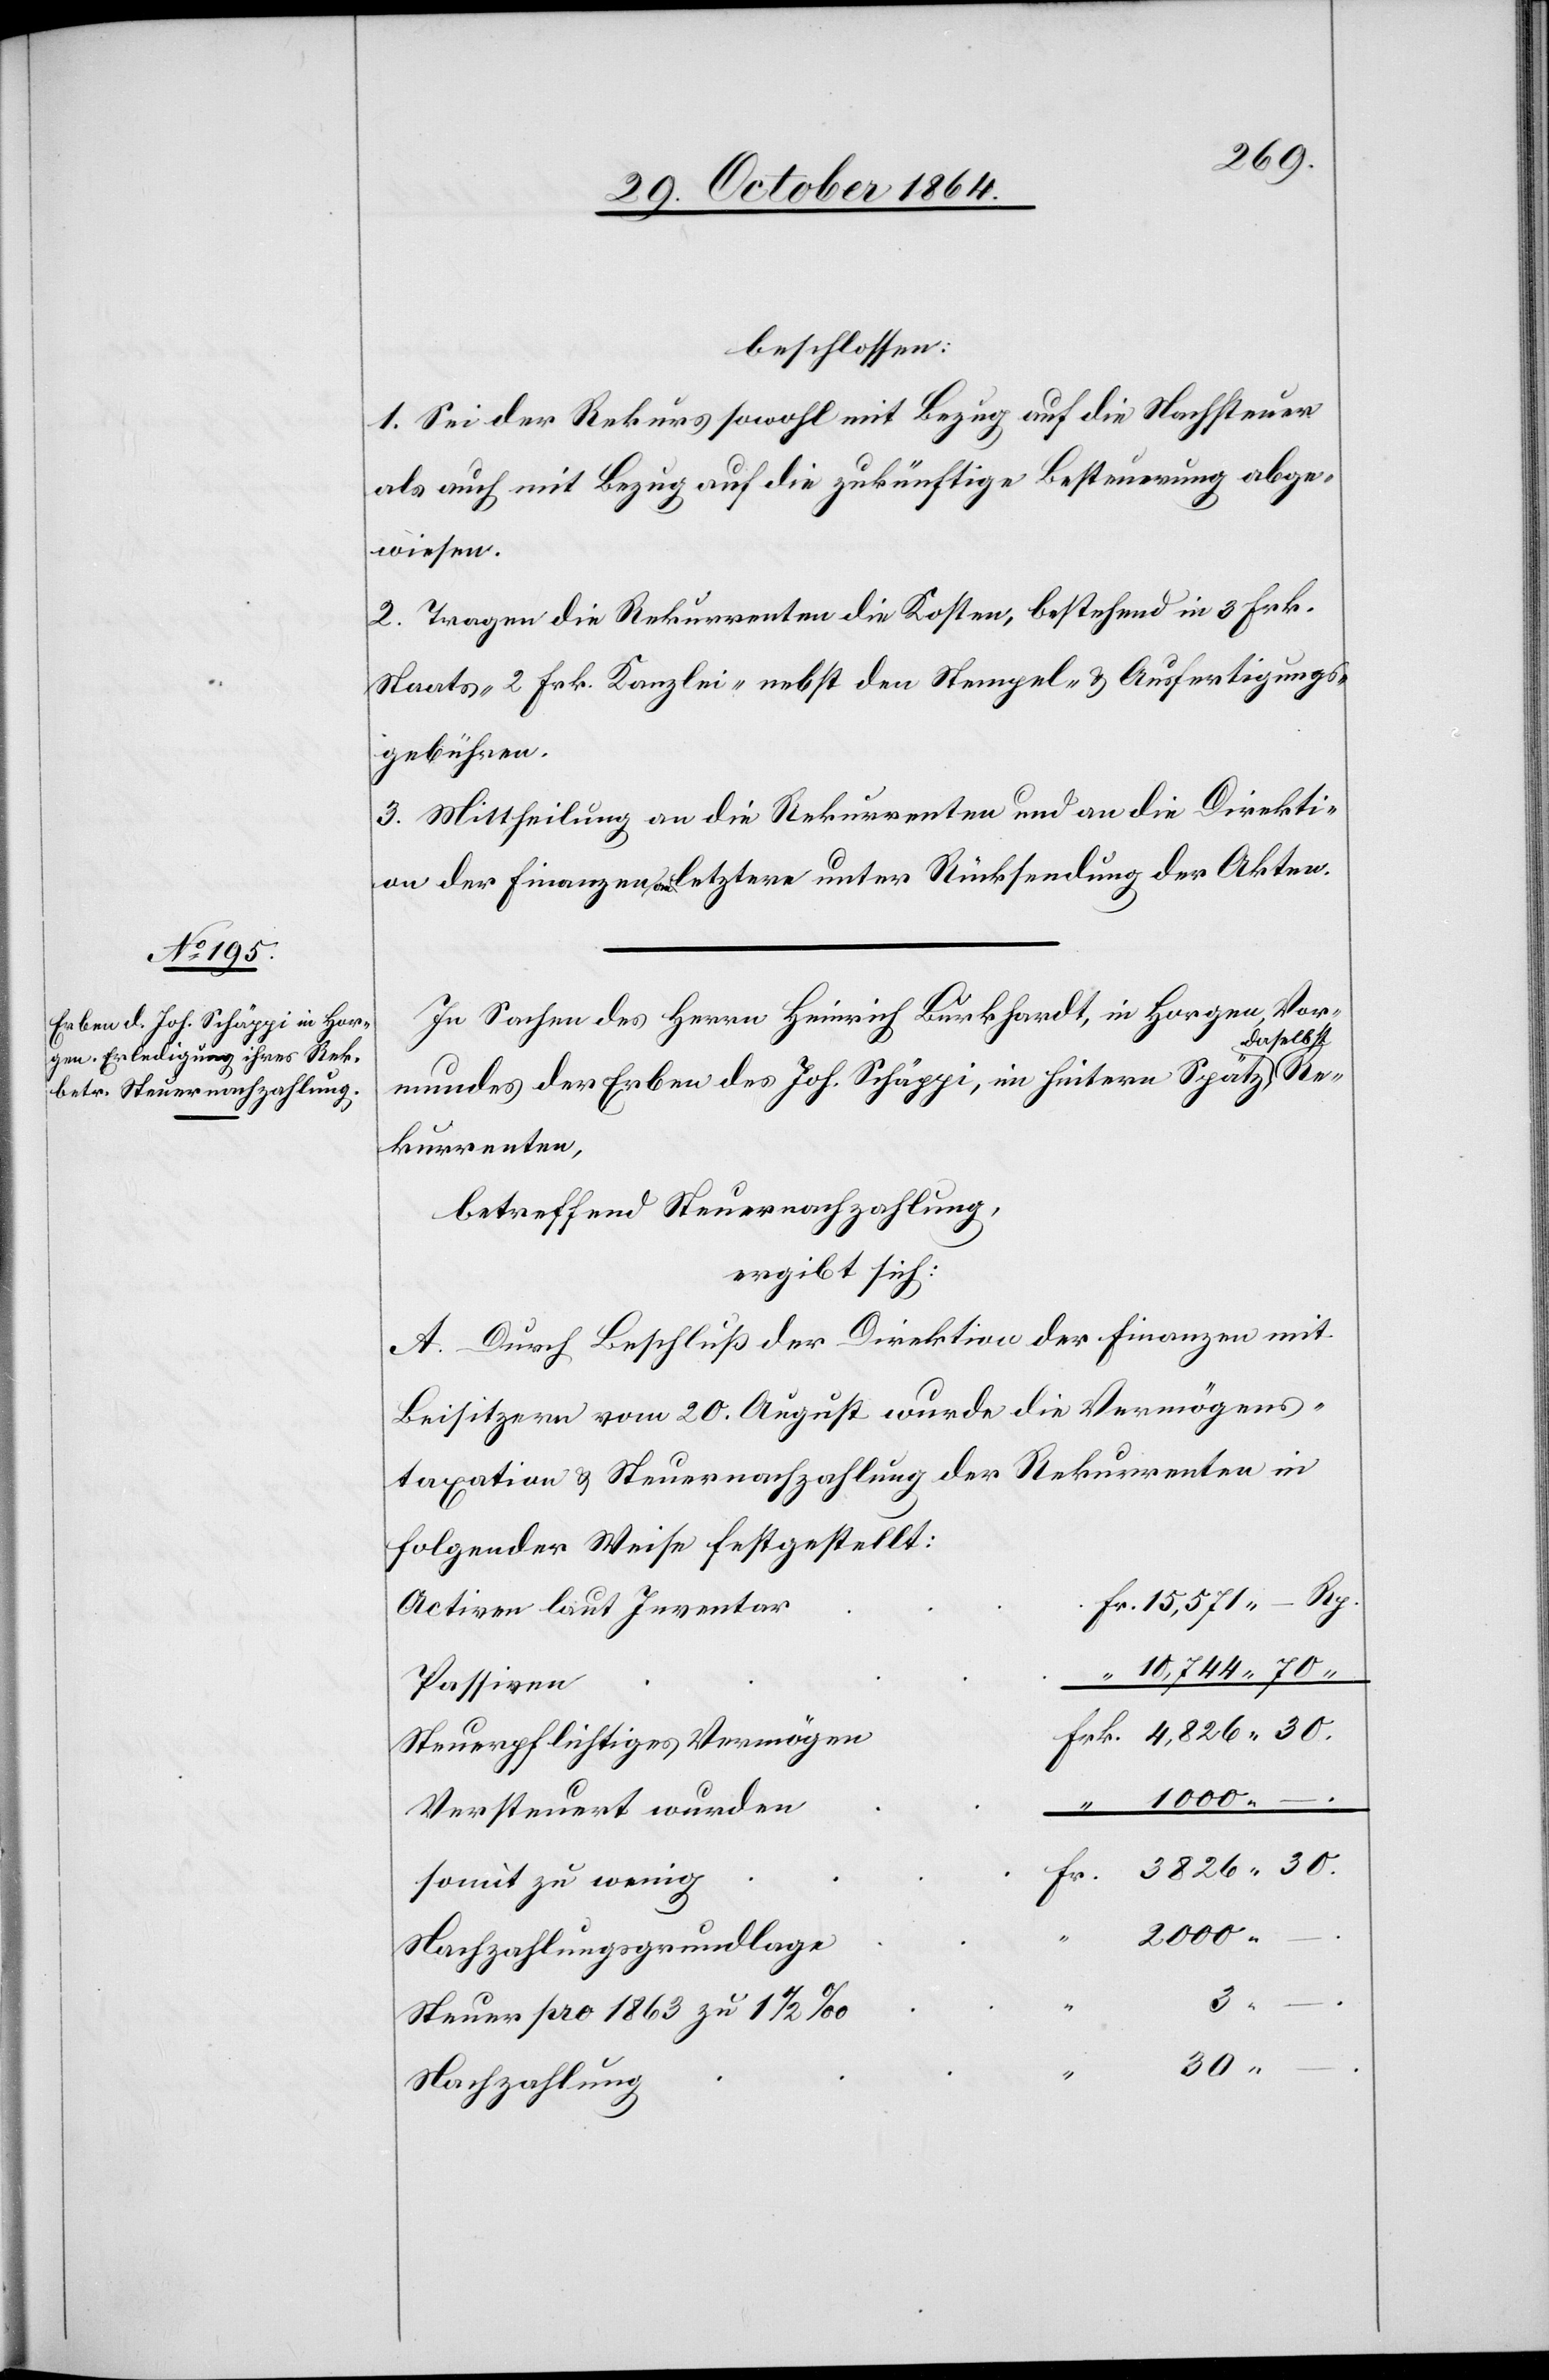
beschlossen:
1. Sei der Rekurs sowohl mit Bezug auf die Nachsteuer
als auch mit Bezug auf die zukünftige Besteuerung abge¬
wiesen.
2. Tragen die Rekurrenten die Kosten, bestehend in 3 Frk.
Staats, 2 Frk. Kanzlei- nebst den Stempel- & Ausfertigungs¬
gebühren.
3. Mittheilung an die Rekurrenten und an die Direkti¬
on der Finanzen a-an-a letztere unter Rücksendung der Akten.
In Sachen des Herrn Heinrich Burkhard, in Horgen, Vor¬
aselbst,-a
mundes der Erben des Joh. Schäppi, im hintern Spätz, a-d¬
Rekurrenten,
betreffend Steuernachzahlung,
ergibt sich:
A. Durch Beschluß der Direktion der Finanzen mit
Beisitzern vom 20. August wurde die Vermögens¬
taxation & Steuernachzahlung der Rekurrenten in
folgender Weise festgestellt:
Activen laut Inventar
10,744.70
Passiven
Steuerpflichtiges Vermögen
Versteuert wurden
somit zu wenig
2000. –
Nachzahlungsgrundlage
3.
Steuer pro 1863 zu 1 1/2 ‰
30. –
Nachzahlung